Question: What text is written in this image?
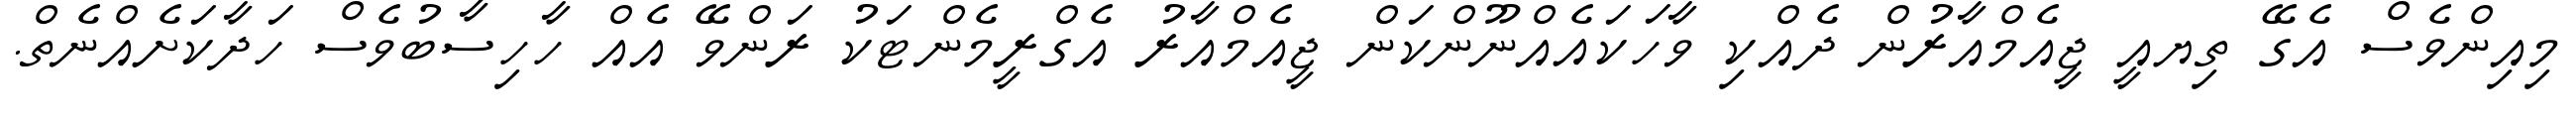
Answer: މިއިންވެސް އެގޭ ތިޔއީ ޖީއެމްއާރުން ދެއްކި ވާހަކައެއްނޫންކަން ޖީއެމްއާރު އެގްރީމެންޓަކު ރަންވޭ އެއް ހާހިސާބުވެސް ހަދާކަށެއްނެތް.